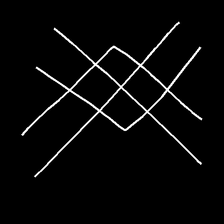
Glyph: crystal